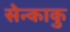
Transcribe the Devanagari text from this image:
सेन्काकु